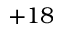
+ 1 8